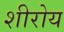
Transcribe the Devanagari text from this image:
शीरोय